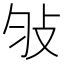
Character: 𢻸